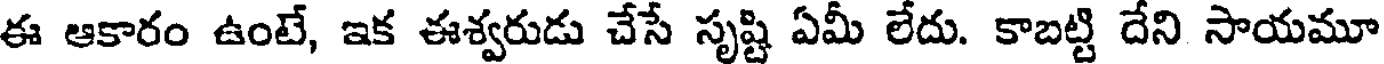
ఈ ఆకారం ఉంటే, ఇక ఈశ్వరుడు చేసే సృష్టి ఏమీ లేదు. కాబట్టి దేని సాయమూ